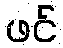
ဖင်